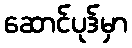
ဆောင်ပုဒ်မှာ